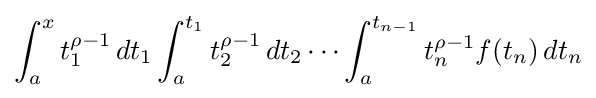
\int _{a}^{x}t_{1}^{\rho -1}\,dt_{1}\int _{a}^{t_{1}}t_{2}^{\rho -1}\,dt_{2}\cdots \int _{a}^{t_{n-1}}t_{n}^{\rho -1}f(t_{n})\,dt_{n}